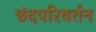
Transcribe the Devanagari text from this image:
छंदपरिवर्तन